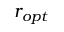
r _ { o p t }